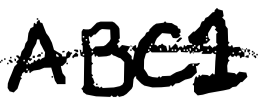
Text: ABC1
Cross-out: single-line
Writing tool: digital_black